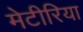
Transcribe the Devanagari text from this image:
मेटीरिया